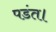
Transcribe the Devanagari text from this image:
पडंत।